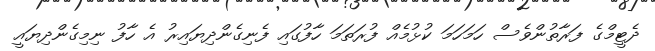
ދެޓީމްގެ ފަރާތުންވެސް ހަމަހަމަ ކުޅުމެއް ފުރަތަމަ ހާފުގައި ފެނިގެންދިޔައިރު އެ ހާފު ނިމިގެންދިޔައީ